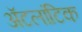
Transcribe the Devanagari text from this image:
ॲटलांटिक